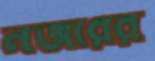
নজরের